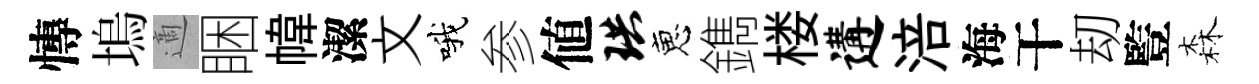
慱塢適睏幃潔文哦参値珙恵鐫楼遘涪海干刧䜿森